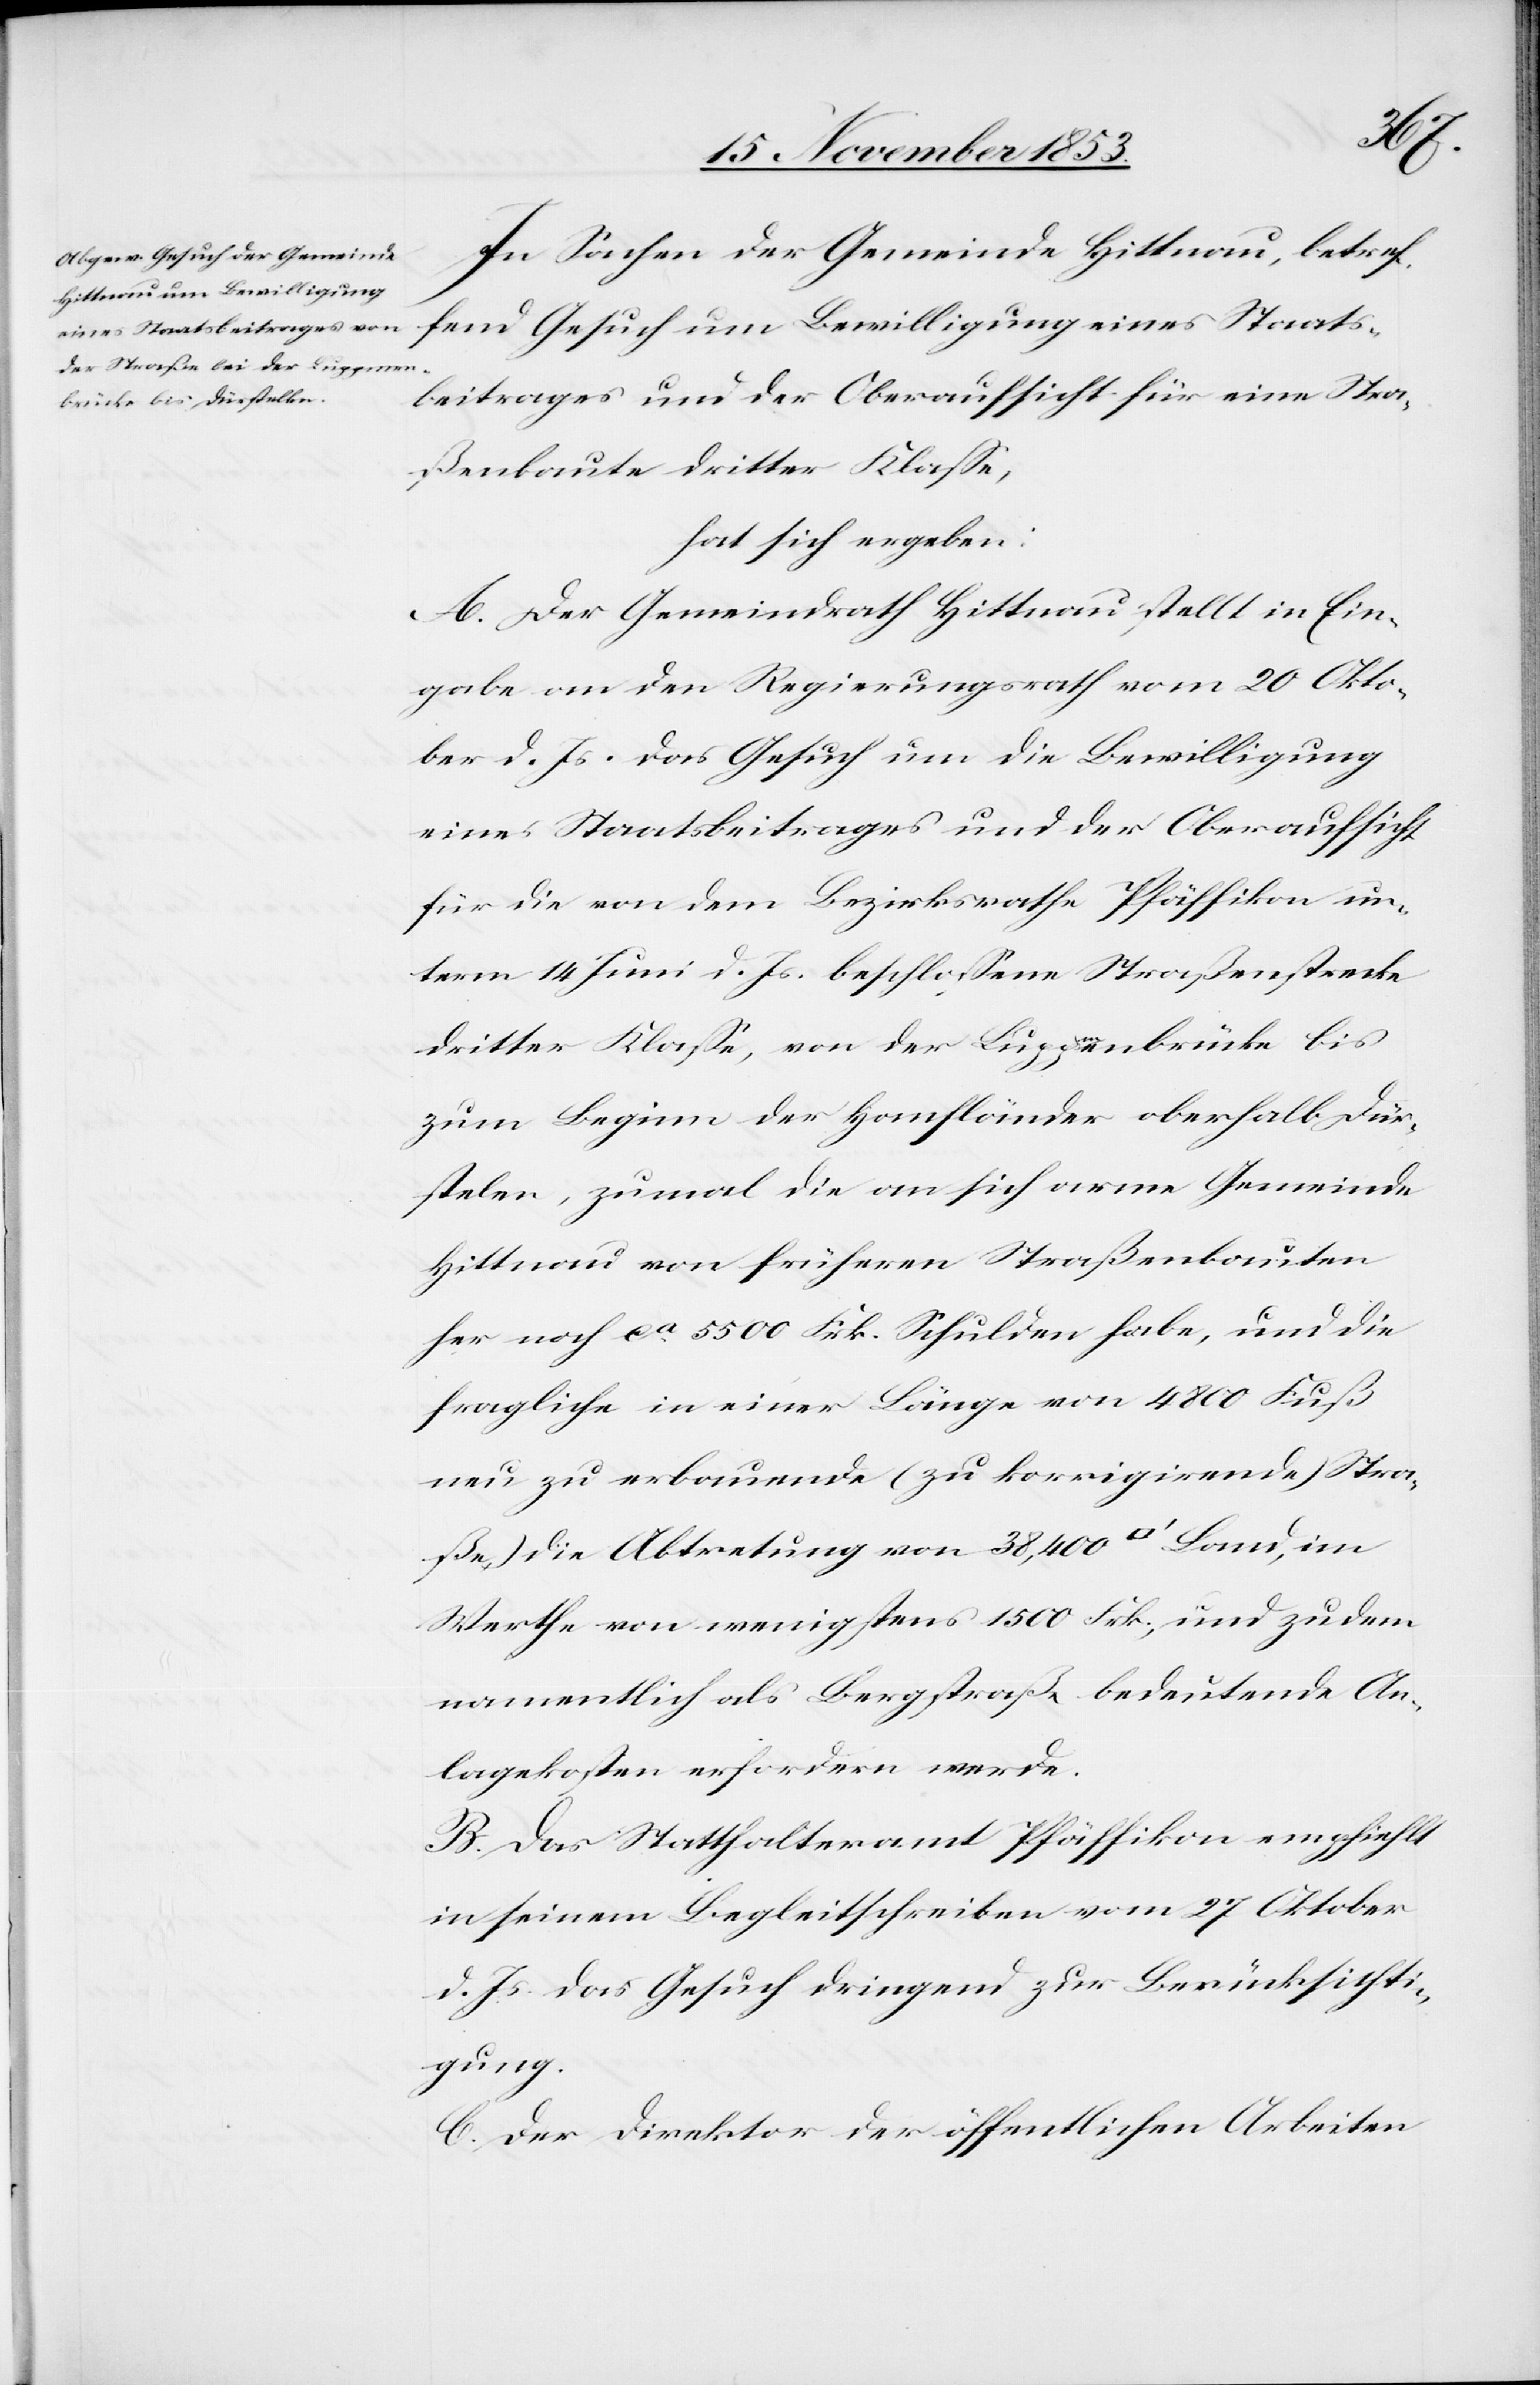
In Sachen der Gemeinde Hittnau, betref¬
fend Gesuch um Bewilligung eines Staats¬
beitrages und der Oberaufsicht für eine Stra¬
ßenbaute dritter Klaße,
hat sich ergeben:
A. Der Gemeindrath Hittnau stellt in Ein¬
gabe an den Regierungsrath vom 20 Okto¬
ber d. Js. das Gesuch um die Bewilligung
eines Staatsbeitrages und der Oberaufsicht
für die von dem Bezirksrathe Pfäffikon un¬
term 14 Juni d. Js. beschloßene Straßenstrecke
dritter Klaße, von der Luppmenbrücke bis
zum Beginn der Hanfländer oberhalb Dür¬
stelen, zumal die an sich arme Gemeinde
Hittnau von frühern Straßenbauten
her noch ca 5500 Frk. Schulden habe, und die
fragliche in einer Länge von 4800 Fuß
neu zu erbauende (zu korrigirende Stra¬
ße) die Abtretung von 38,400 [Quadratfuß] Land,
Werthe von wenigstens 1500 Frk., und zudem
namenltich als Bergstraße bedeutende An¬
lagekosten erfordern werde.
B. Das Statthalteramt Pfäffikon empfiehlt
in seinem Begleitschreiben vom 27 Oktober
d. Js. das Gesuch dringend zur Berücksichti¬
gung.
C. Der Direktor der öffentlichen Arbeiten